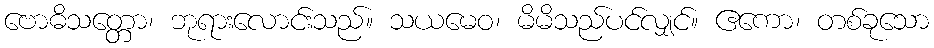
ဗောဓိသတ္တော၊ ဘုရားလောင်းသည်။ သယမေဝ၊ မိမိသည်ပင်လျှင်။ ဧကော၊ တစ်ခုသော